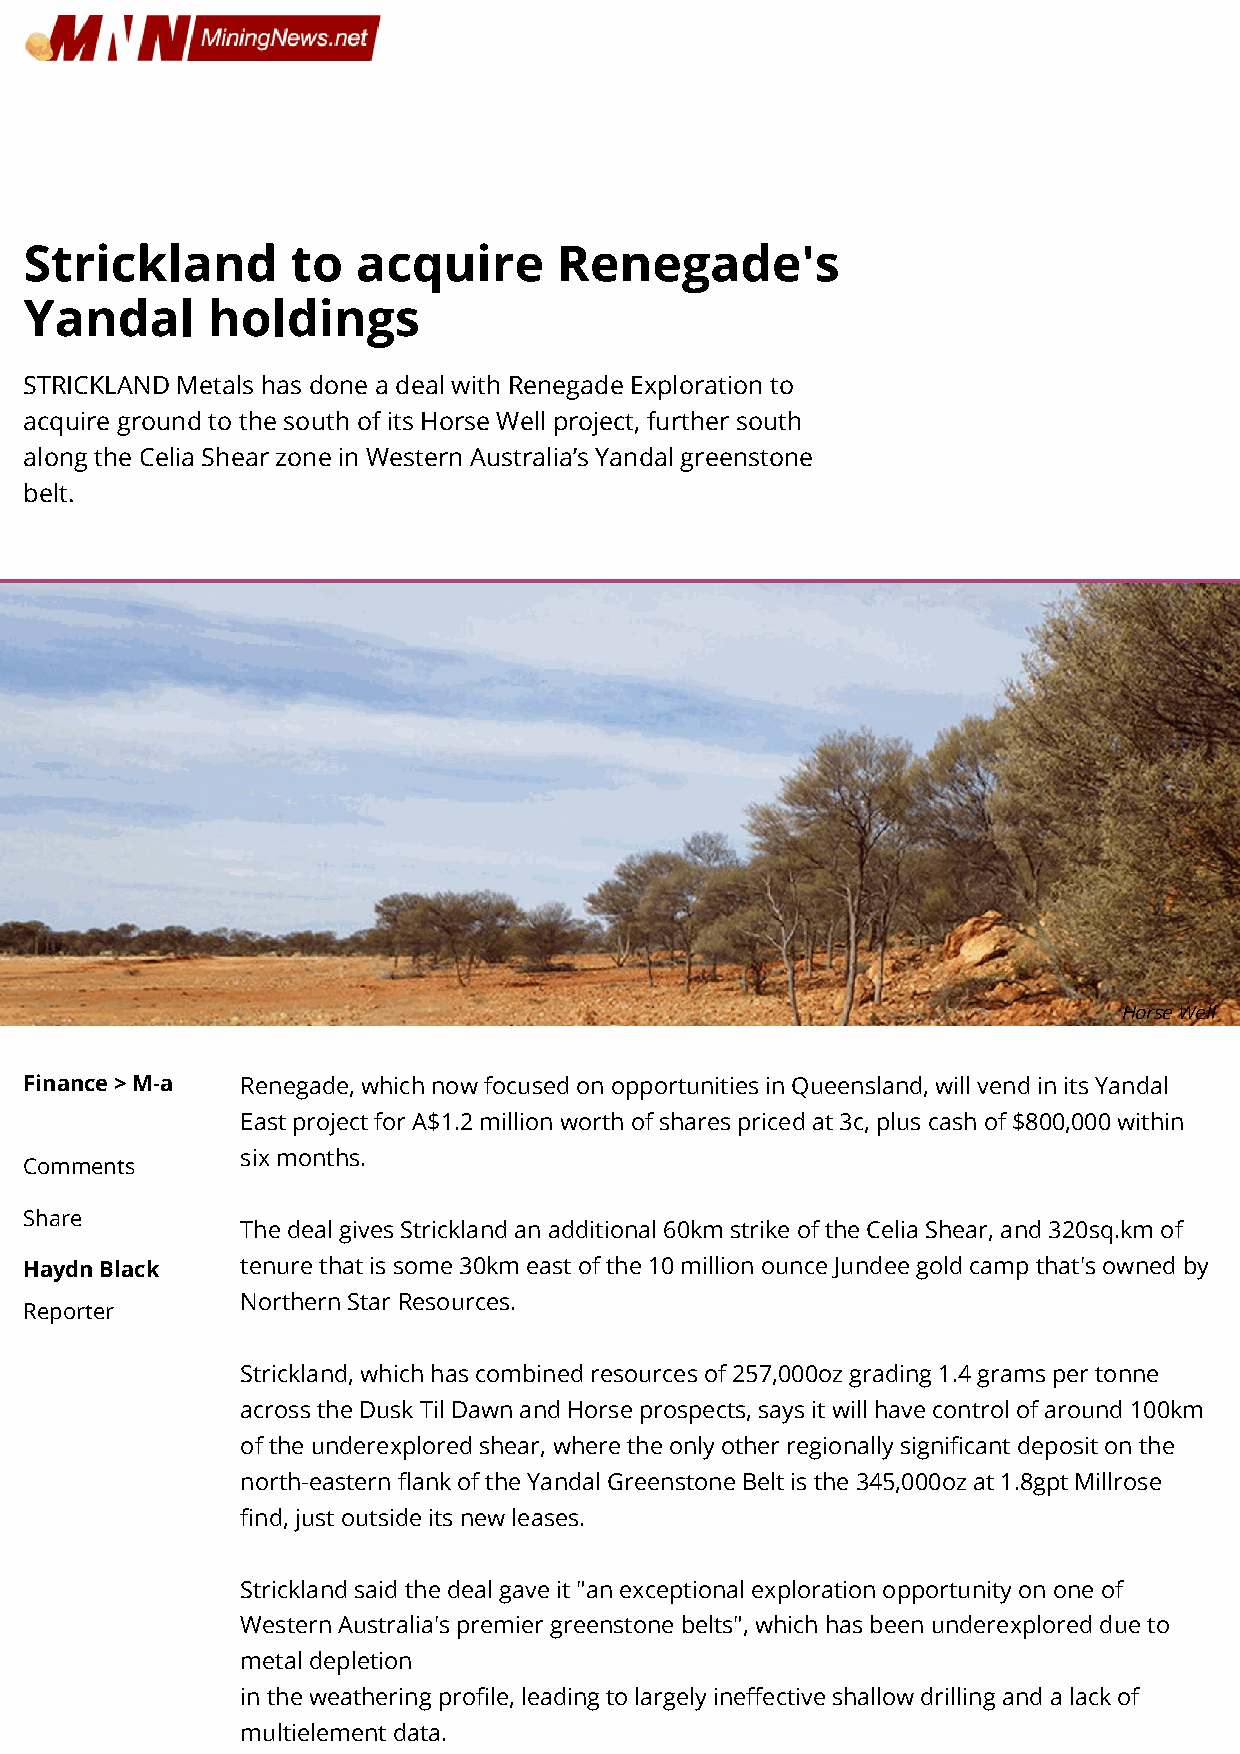
Strickland       to   acquire      Renegade's
 Yandal      holdings
 STRICKLAND Metals has done a deal with Renegade Exploration to
 acquire ground to the south of its Horse Well project, further south
 along the Celia Shear zone in Western Australia’s Yandal greenstone
 belt.
 Horse Well
 Finance > M-a Renegade, which now focused on opportunities in Queensland, will vend in its Yandal
 East project for A$1.2 million worth of shares priced at 3c, plus cash of $800,000 within
 six months.
 Comments
 Share
 The deal gives Strickland an additional 60km strike of the Celia Shear, and 320sq.km of
 Haydn Black   tenure that is some 30km east of the 10 million ounce Jundee gold camp that's owned by
 Northern Star Resources.
 Reporter
 Strickland, which has combined resources of 257,000oz grading 1.4 grams per tonne
 across the Dusk Til Dawn and Horse prospects, says it will have control of around 100km
 of the underexplored shear, where the only other regionally signicant deposit on the
 north-eastern ank of the Yandal Greenstone Belt is the 345,000oz at 1.8gpt Millrose
 nd, just outside its new leases.
 Strickland said the deal gave it "an exceptional exploration opportunity on one of
 Western Australia's premier greenstone belts", which has been underexplored due to
 metal depletion
 in the weathering prole, leading to largely ineective shallow drilling and a lack of
 multielement data.